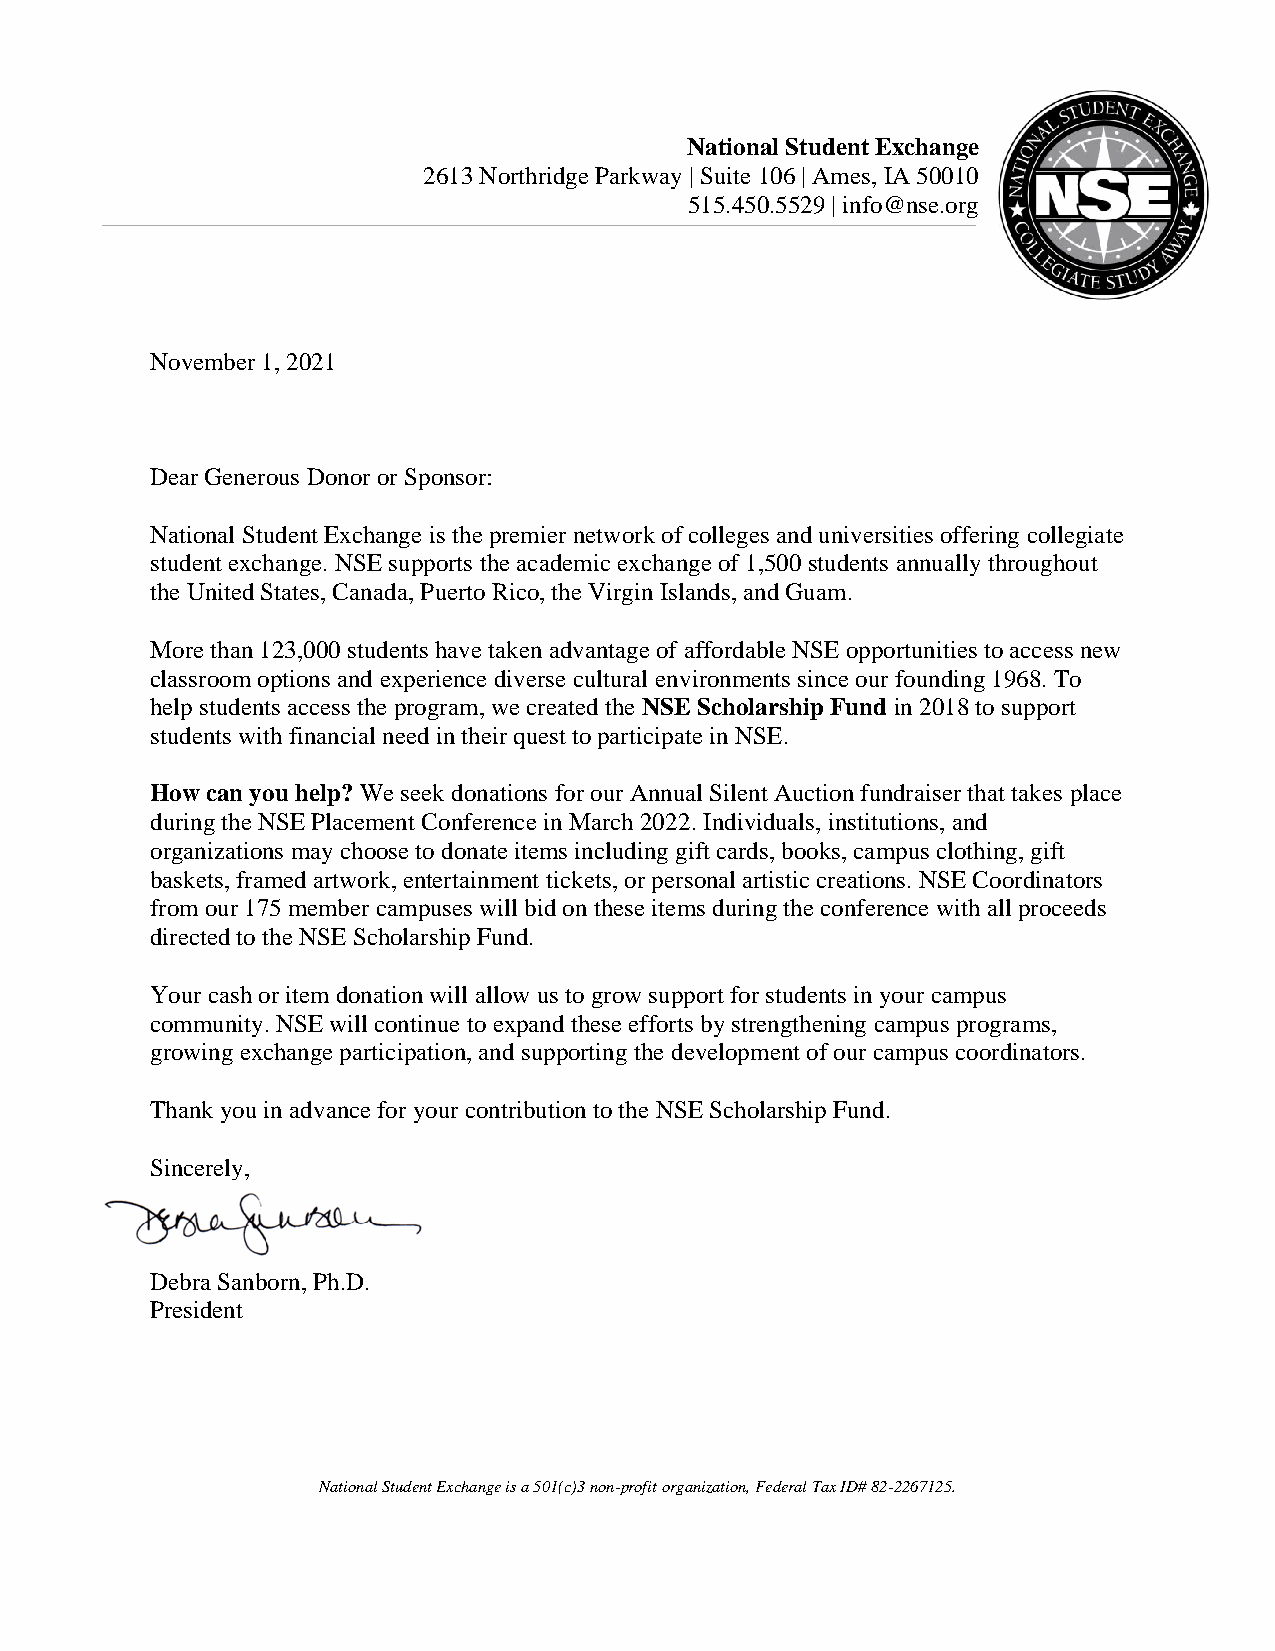
National Student Exchange
 2613 Northridge Parkway | Suite 106 | Ames, IA 50010
 515.450.5529 | info@nse.org
 November 1, 2021
 Dear Generous Donor or Sponsor:
 National Student Exchange is the premier network of colleges and universities offering collegiate
 student exchange. NSE supports the academic exchange of 1,500 students annually throughout
 the United States, Canada, Puerto Rico, the Virgin Islands, and Guam.
 More than 123,000 students have taken advantage of affordable NSE opportunities to access new
 classroom options and experience diverse cultural environments since our founding 1968. To
 help students access the program, we created the NSE Scholarship Fund in 2018 to support
 students with financial need in their quest to participate in NSE.
 How can you help? We seek donations for our Annual Silent Auction fundraiser that takes place
 during the NSE Placement Conference in March 2022. Individuals, institutions, and
 organizations may choose to donate items including gift cards, books, campus clothing, gift
 baskets, framed artwork, entertainment tickets, or personal artistic creations. NSE Coordinators
 from our 175 member campuses will bid on these items during the conference with all proceeds
 directed to the NSE Scholarship Fund.
 Your cash or item donation will allow us to grow support for students in your campus
 community. NSE will continue to expand these efforts by strengthening campus programs,
 growing exchange participation, and supporting the development of our campus coordinators.
 Thank you in advance for your contribution to the NSE Scholarship Fund.
 Sincerely,
 Debra Sanborn, Ph.D.
 President
 National Student Exchange is a 501(c)3 non-profit organization, Federal Tax ID# 82-2267125.